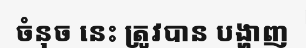
ចំនុច នេះ ត្រូវបាន បង្ហាញ